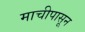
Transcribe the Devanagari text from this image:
माचीपासून